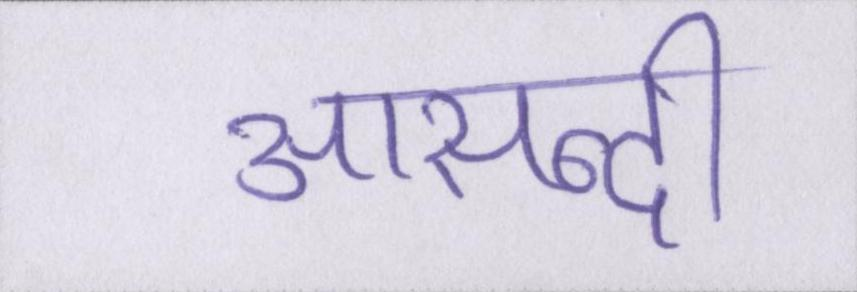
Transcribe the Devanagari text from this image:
आसन्दी